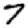
Digit: 7